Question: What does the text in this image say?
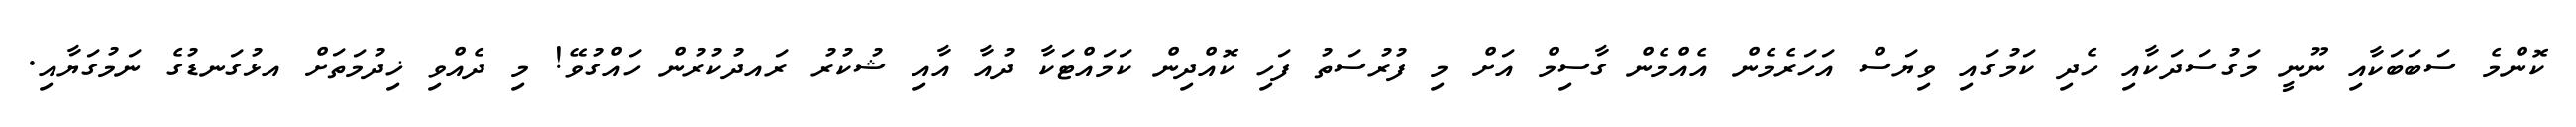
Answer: ކޮންމެ ސަބަބަކާއި ނޫނީ މަގުސަދަކާއި ހެދި ކަމުގައި ވިޔަސް އަހަރެމެން އެއްމެން ގާސިމް އަށް މި ފުރުސަތު ފަހި ކޮއްދިން ކަމައްޓަކާ ދުއާ އާއި ޝުކުރު ރައދުކުރުން ހައްގުވޭ! މި ދެއްވި ޚިދުމަތަށް އޅުގަނޑުގެ ނަމުގަޔާއި.